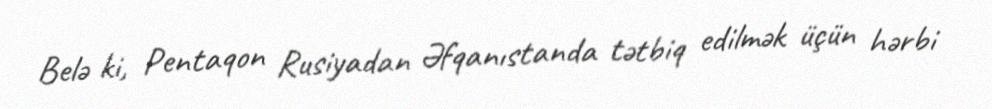
Belə ki, Pentaqon Rusiyadan Əfqanıstanda tətbiq edilmək üçün hərbi